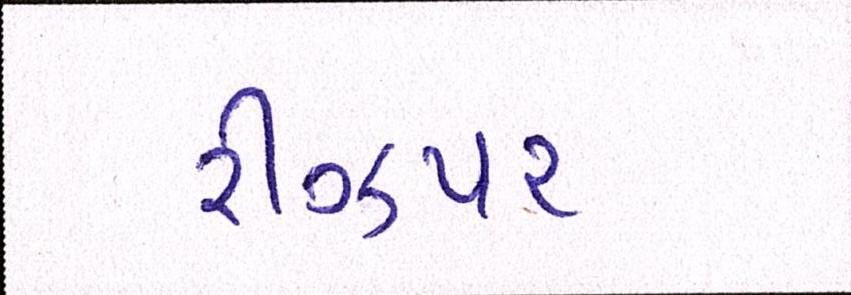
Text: રીઝપર